Leaving Certificate Examination (including Day School Certificate (Higher) General paper), 1938
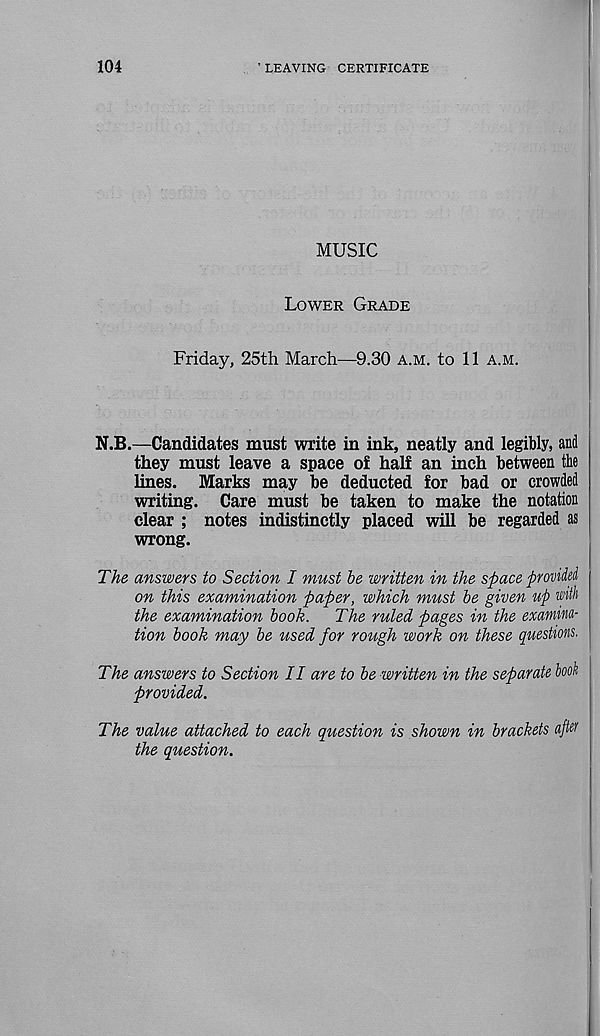
104
’ LEAVING CERTIFICATE
MUSIC
Lower Grade
Friday, 25th March—9.30 a.m. to 11 a.m.
N.B.—Candidates must write in ink, neatly and legibly, and
they must leave a space of half an inch between the
lines. Marks may be deducted for bad or crowded
writing. Care must be taken to make the notation
clear ; notes indistinctly placed will be regarded as
wrong.
The answers to Section I must be written in the space provided
on this examination paper, which must be given up with
the examination book.
The ruled pages in the examina-
tion book may be used for rough work on these questions.
The answers to Section II are to be written in the separate book
provided.
The value attached to each question is shown in brackets afiw
the question.